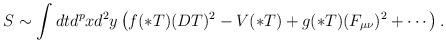
LaTeX: \begin{align*}S\sim \int dt d^{p} x d^2 y\left(f(* T) (D T)^2 -V(* T) + g(* T)(F_{\mu\nu})^2+\cdots\right).\end{align*}